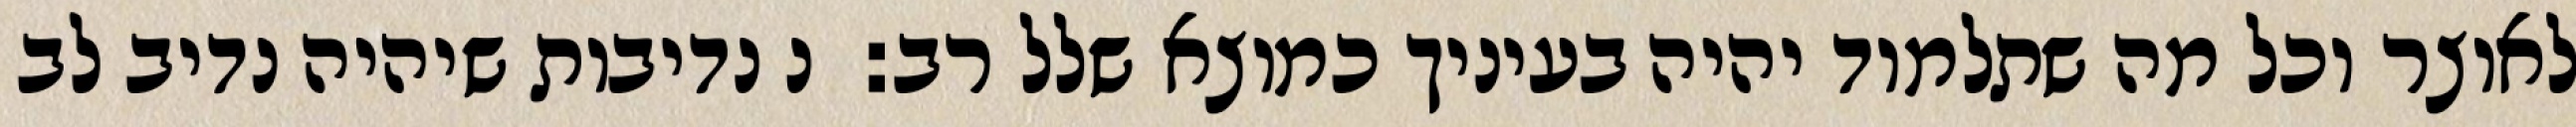
לאוצר וכל מה שתלמוד יהיה בעיניך כמוצא שלל רב:  נ נדיבות שיהיה נדיב לב